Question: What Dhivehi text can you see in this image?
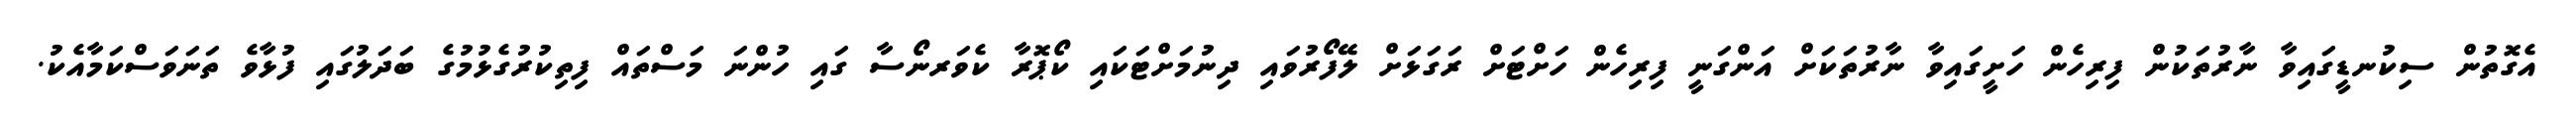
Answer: އެގޮތުން ސިކުނޑީގައިވާ ނާރުތަކުން ފިރިހެން ހަށީގައިވާ ނާރުތަކަށް އަންގަނީ ފިރިހެން ހަށްޓަށް ރަގަޅަށް ލޭފޯރުވައި ދިނުމަށްޓަކައި ކޯޕޮރާ ކެވަރނޯސާ ގައި ހުންނަ މަސްތައް ފިތިކުރުގެޅުމުގެ ބަދަލުގައި ފުޅާވެ ތަނަވަސްކަމާއެކު.